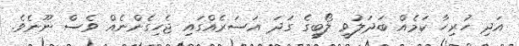
އަދި ހުރިހާ ކަމެއް ބަދަލުވީ ލޯބީގެ ގަދަ އަސަރެއްގައި ޖެހިގެންނެއް ވެސް ނޫނެވެ.